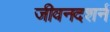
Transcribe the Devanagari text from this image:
जीवनदशर्न